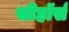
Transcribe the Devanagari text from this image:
सीहॉर्स